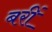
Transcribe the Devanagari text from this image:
बरीं